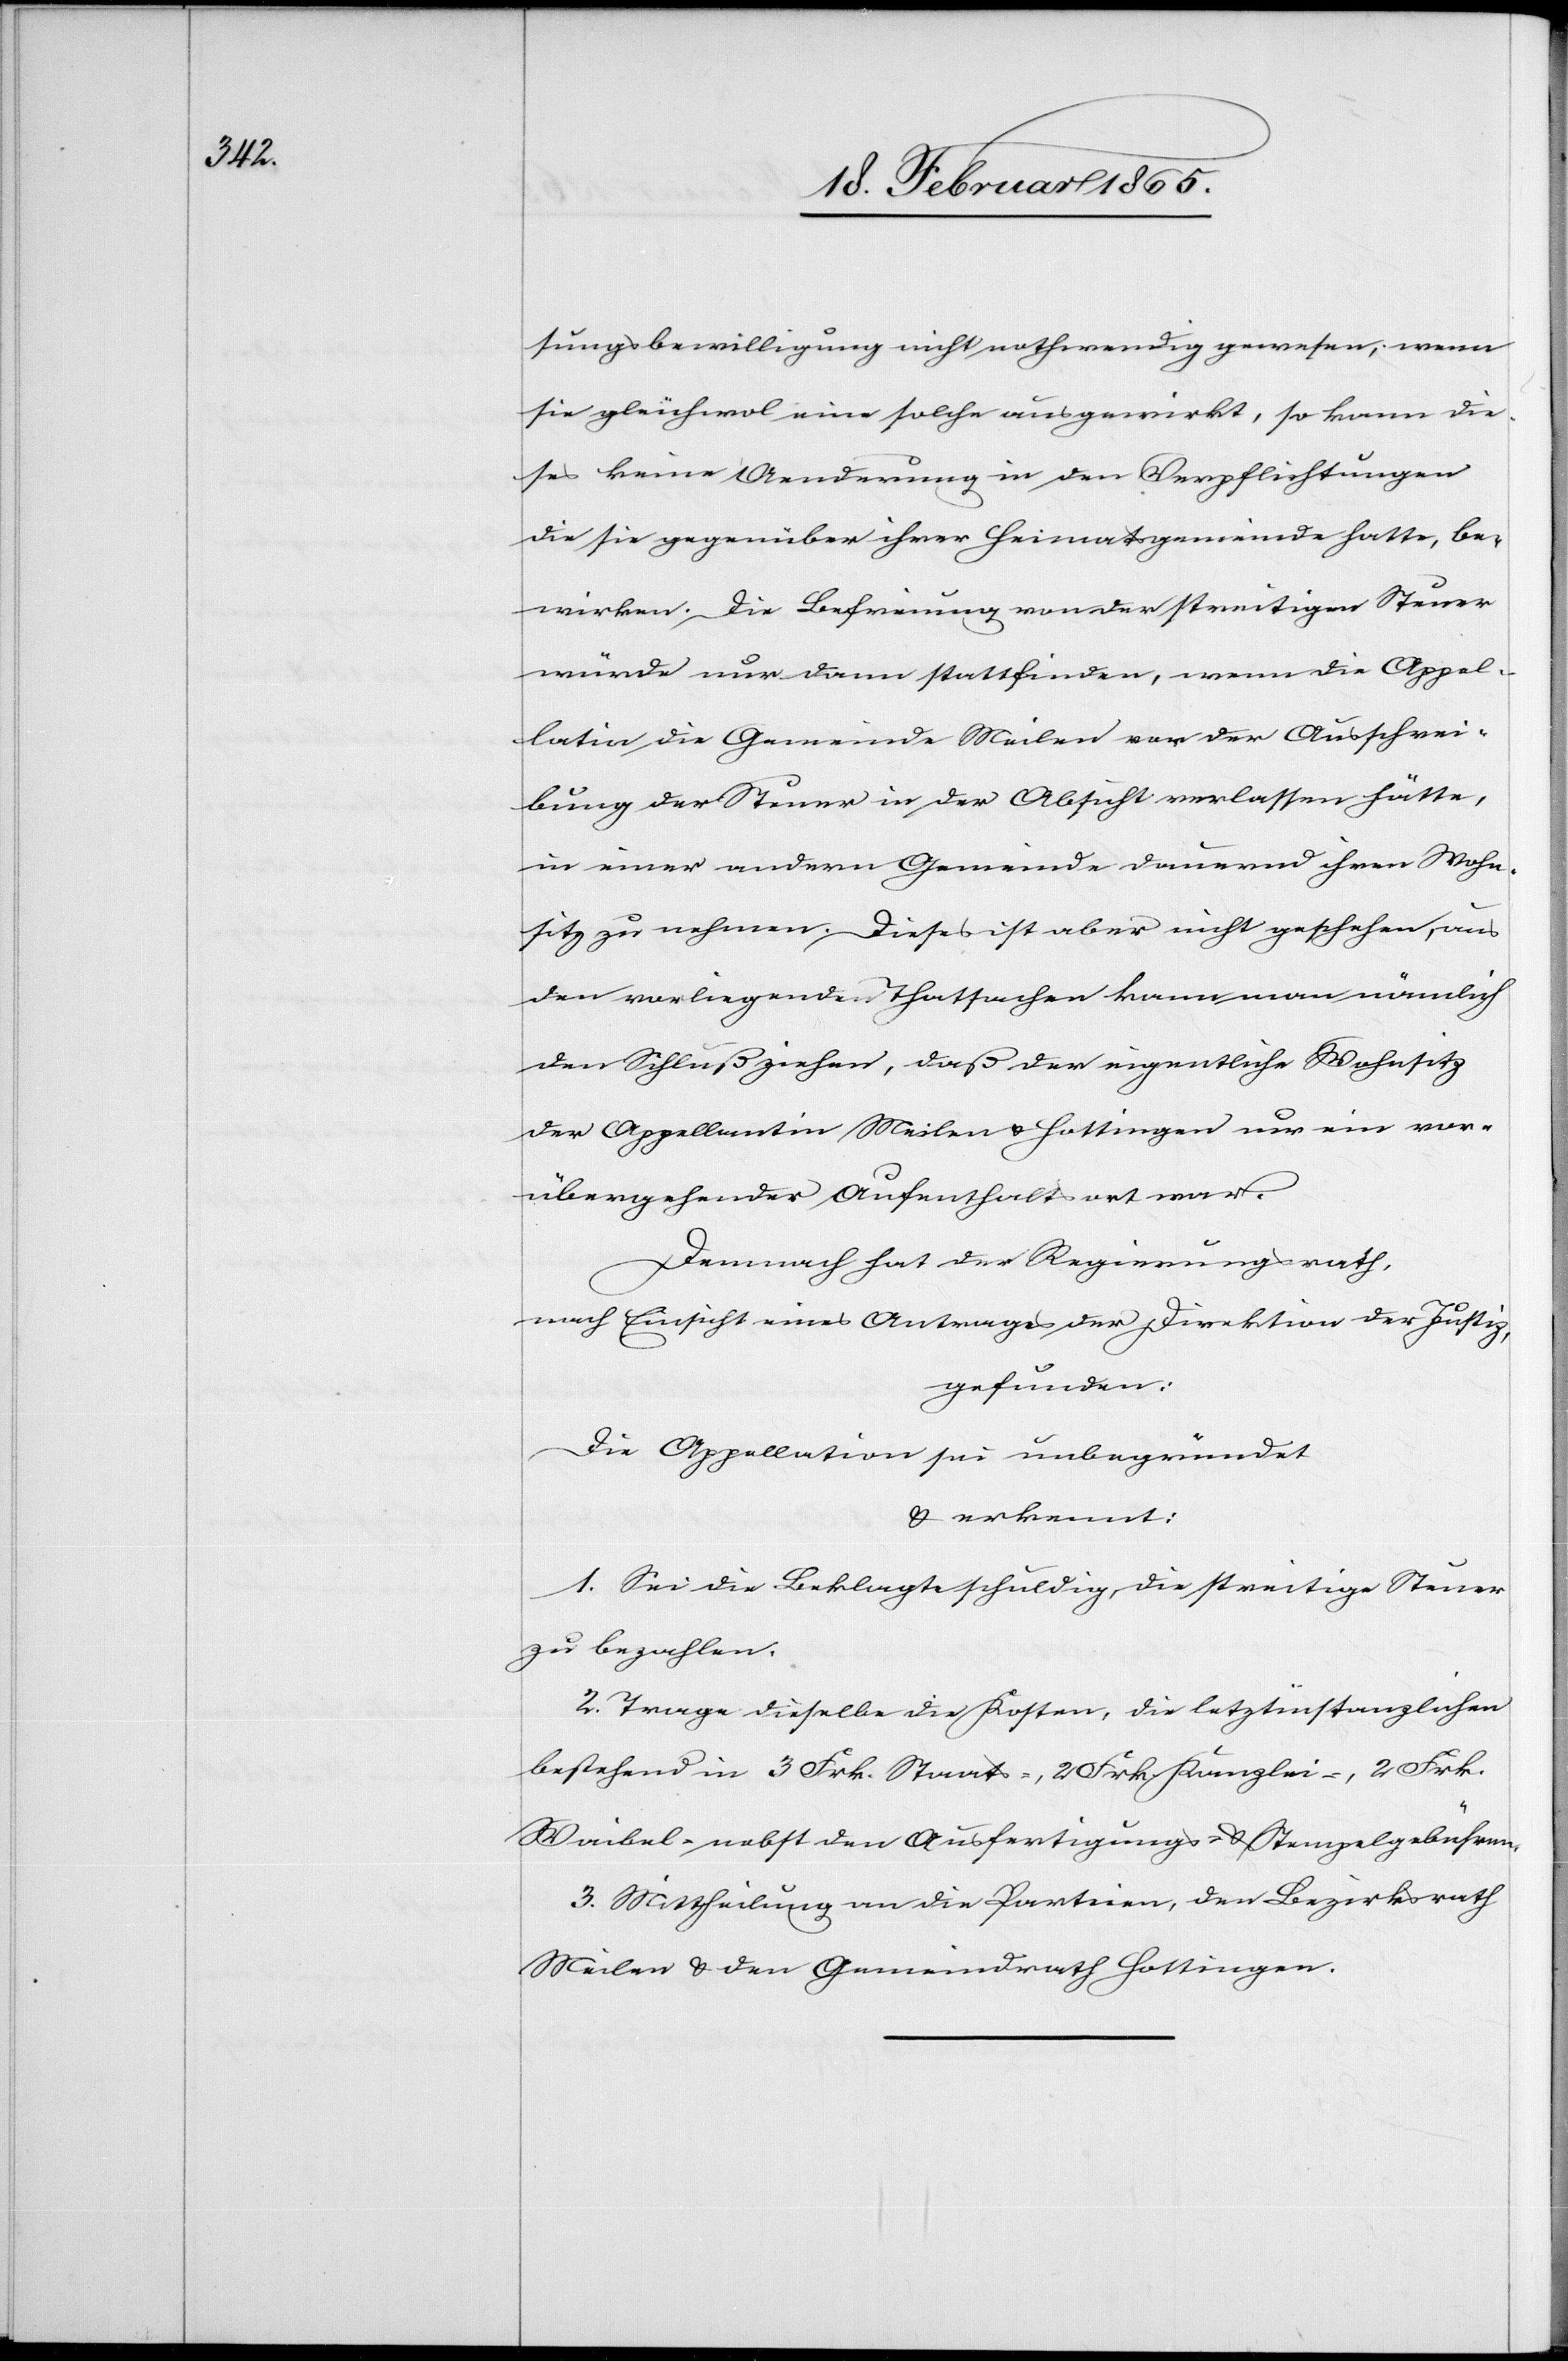
sungsbewilligung nicht nothwendig gewesen, wenn
sie gleichwol eine solche ausgewirkt, so kann die¬
ses keine Aenderung in den Verpflichtungen
die sie gegenüber ihrer Heimatsgemeinde hatte, be¬
wirken. Die Befreiung von der streitigen Steuer
würde nur dann stattfinden, wenn die Appel¬
lation die Gemeinde Meilen vor der Ausschrei¬
bung der Steuer in der Absicht verlassen hätte,
in einer andern Gemeinde dauernd ihren Wohn¬
sitz zu nehmen. Dieses ist aber nicht geschehen, aus
den vorliegenden Thatsachen kann man nämlich
den Schluß ziehen, daß der eigentliche Wohnsitz
der Appellantin Meilen u. Hottingen nur ein vor¬
übergehender Aufenthaltsort war.
Demnach hat der Regierungsrath,
nach Einsicht eines Antrages der Direktion der Justiz,
gefunden:
Die Appellation sei unbegründet
u. erkennt:
1. Sei die Beklagte schuldig, die streitige Steuer
zu bezahlen.
2. Trage dieselbe die Kosten, die letztinstanzlichen
bestehend in 3 Frk. Staats-, 2 Frk. Kanzlei-, 2 Frk.
Waibel- nebst den Ausfertigungs- u. Stempelgebühren.
3. Mittheilung an die Parteien, den Bezirksrath
Meilen u. den Gemeindrath Hottingen.